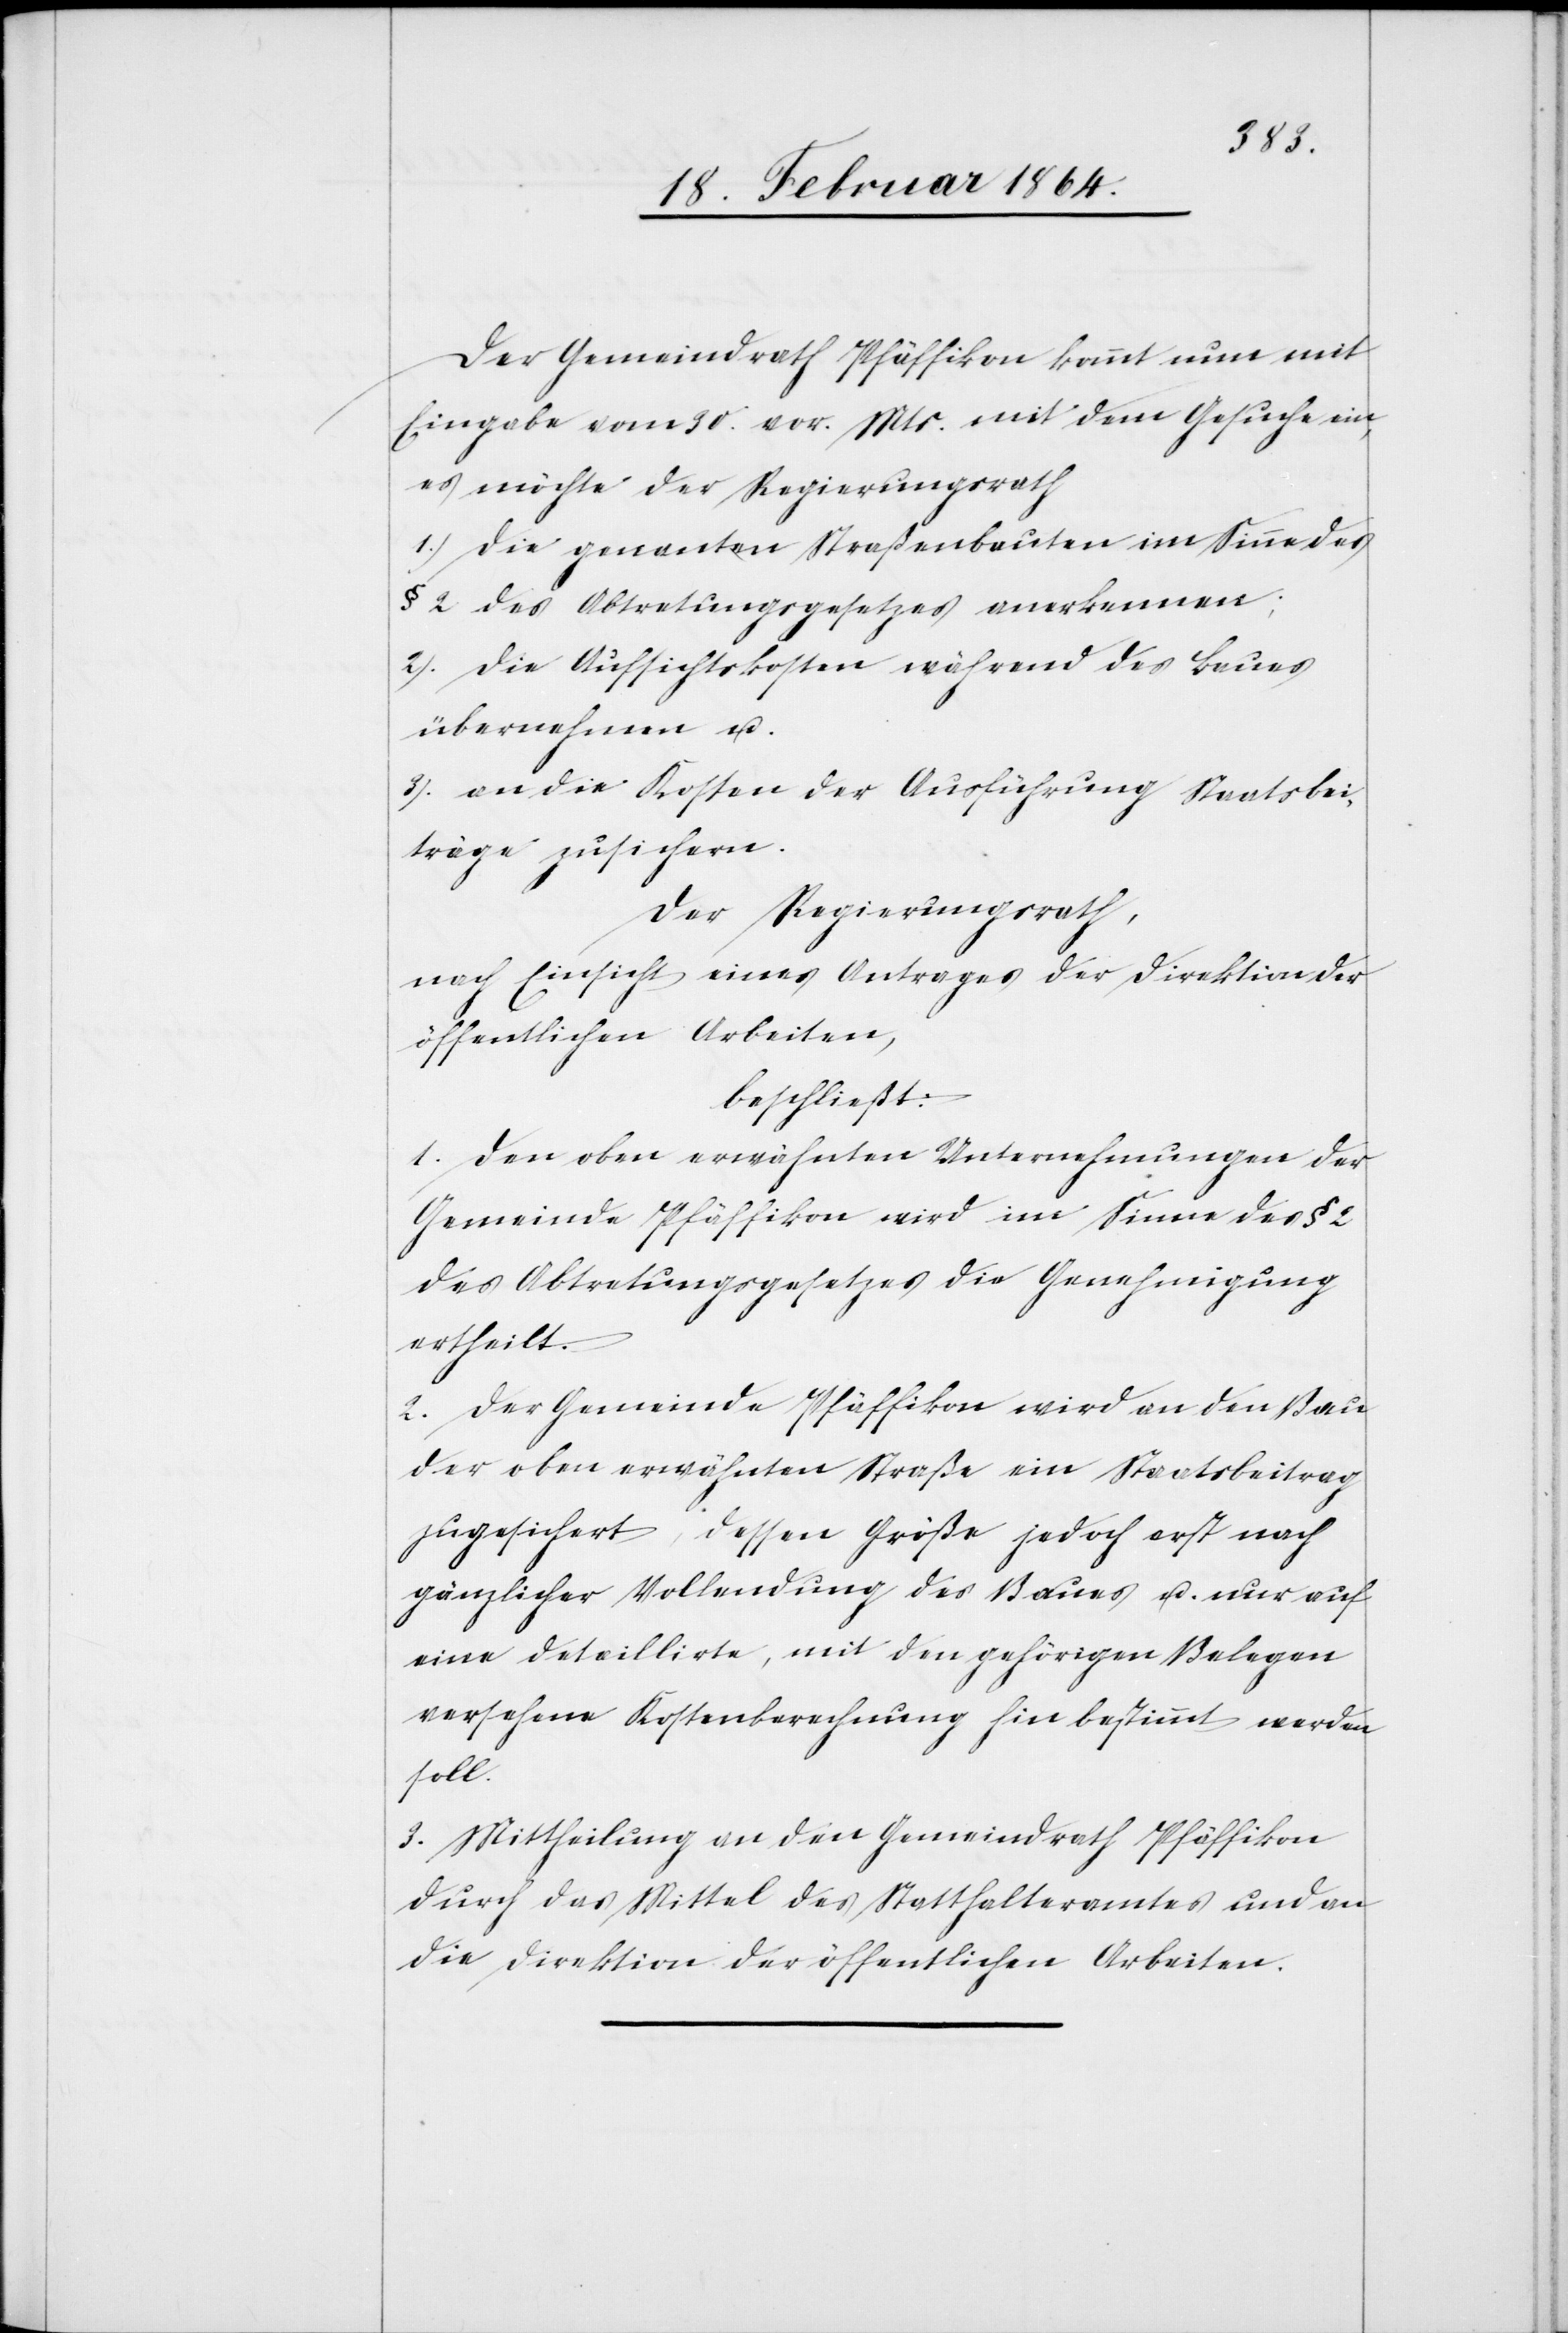
Der Gemeindrath Pfäffikon kommt nun mit
Eingabe vom 30. vor. Mts. mit dem Gesuch ein,
es möchte der Regierungsrath
1.) Die genanten [sic!] Straßenbauten im Sinne des
§ 2 des Abtretungsgesetzes anerkennen;
2.) Die Aufsichtskosten während des Baues
übernehmen u.
3.) an die Kosten der Ausführung Staatsbei¬
träge zusichern.
Der Regierungsrath,
nach Einsicht eines Antrages der Direktion der
öffentlichen Arbeiten,
beschließt:
1. Den oben erwähnten Unternehmungen der
Gemeinde Pfäffikon wird im Sinne des § 2
des Abtretungsgesetzes die Genehmigung
ertheilt.
2. Der Gemeinde Pfäffikon wird an den Bau
der oben erwähnten Straße ein Staatsbeitrag
zugesichert, dessen Größe jedoch erst nach
gänzlicher Vollendung des Baues u. nur auf
eine detaillirte, mit den gehörigen Belegen
versehene Kostenberechnung hin bestimmt werden
soll.
3. Mittheilung an den Gemeindrath Pfäffikon
durch das Mittel des Statthalteramtes und an
die Direktion der öffentlichen Arbeiten.